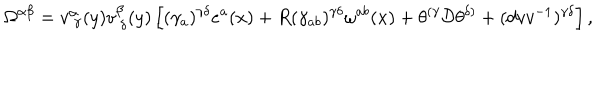
LaTeX: \Omega ^ { \alpha \beta } = v _ { ~ \gamma } ^ { \alpha } ( y ) v _ { ~ \delta } ^ { \beta } ( y ) \left[ ( \gamma _ { a } ) ^ { \gamma \delta } e ^ { a } ( x ) + R ( \gamma _ { a b } ) ^ { \gamma \delta } \omega ^ { a b } ( x ) + \theta ^ { ( \gamma } { \cal D } \theta ^ { \delta ) } + ( d v v ^ { - 1 } ) ^ { \gamma \delta } \right] ,